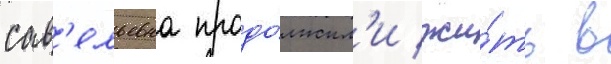
сав'ельевна продо́лжил'и жи́ть в